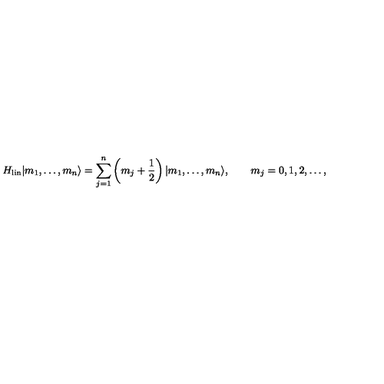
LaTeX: H _ { \mathrm { l i n } } | m _ { 1 } , \ldots , m _ { n } \rangle = \sum _ { j = 1 } ^ { n } \left( m _ { j } + { \frac { 1 } { 2 } } \right) | m _ { 1 } , \ldots , m _ { n } \rangle , \qquad m _ { j } = 0 , 1 , 2 , \ldots ,